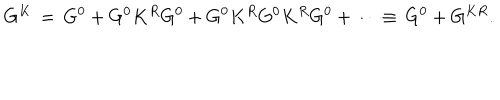
G ^ { K } \, = \, G ^ { 0 } + G ^ { 0 } K ^ { R } G ^ { 0 } + G ^ { 0 } K ^ { R } G ^ { 0 } K ^ { R } G ^ { 0 } + \cdots \equiv \, G ^ { 0 } + G ^ { K R } .